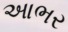
આભર